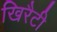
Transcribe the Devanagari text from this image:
खिरैटी